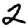
Digit: 2